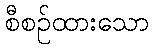
စီစဉ်ထားသော